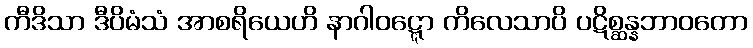
ကီဒိသာ ဒီပိမံသံ အာစရိယေဟိ နာဂါဝဋ္ဋော ကိလေသာပိ ပဋိစ္ဆန္နဘာဝတော